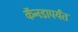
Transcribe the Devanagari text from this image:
कॅनडापर्यंत